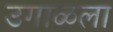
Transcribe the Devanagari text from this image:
उगाळला